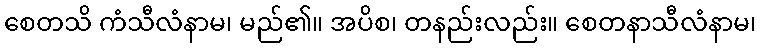
စေတသိ ကံသီလံနာမ၊ မည်၏။ အပိစ၊ တနည်းလည်း။ စေတနာသီလံနာမ၊